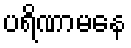
ပရိဏာမနေ